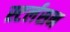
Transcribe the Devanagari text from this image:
स्टर्लसन